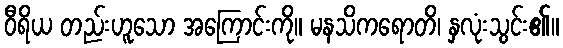
ဝီရိယ တည်းဟူသော အကြောင်းကို။ မနသိကရောတိ၊ နှလုံးသွင်း၏။